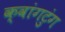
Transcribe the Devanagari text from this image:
क्वांगटुंग